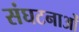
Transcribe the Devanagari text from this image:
संघटनाओं